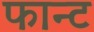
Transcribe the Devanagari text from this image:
फान्ट